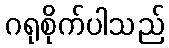
ဂရုစိုက်ပါသည်